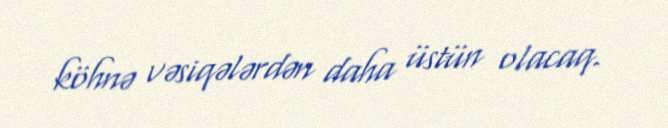
köhnə vəsiqələrdən daha üstün olacaq.